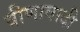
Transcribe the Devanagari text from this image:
वीणावादी